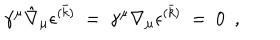
\gamma ^ { \mu } \hat { \nabla } _ { \mu } \epsilon ^ { ( \bar { k } ) } ~ = ~ \gamma ^ { \mu } \nabla _ { \mu } \epsilon ^ { ( \bar { k } ) } ~ = ~ 0 \ \ ,